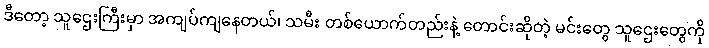
ဒီတော့ သူဌေးကြီးမှာ အကျပ်ကျနေတယ်၊ သမီး တစ်ယောက်တည်းနဲ့ တောင်းဆိုတဲ့ မင်းတွေ သူဌေးတွေကို